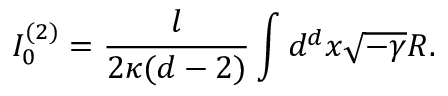
I _ { 0 } ^ { ( 2 ) } = \frac { l } { 2 \kappa ( d - 2 ) } \int d ^ { d } x \sqrt { - \gamma } R .